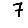
Digit: 7